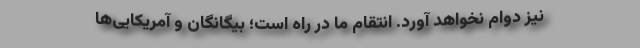
نیز دوام نخواهد آورد. انتقام ما در راه است؛ بیگانگان و آمریکایی‌ها